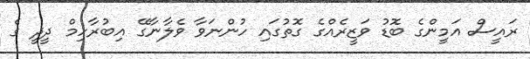
ރައީސް އަމީންގެ ބޮޑު ވަޒީރެއްގެ ގޮތުގައި ހުންނަވާ ވެލާނާގޭ އިބުރާހިމް ދީދީ ގެ